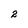
Character: 2